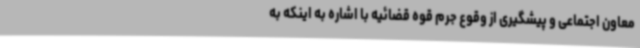
معاون اجتماعی و پیشگیری از وقوع جرم قوه قضائیه با اشاره به اینکه به